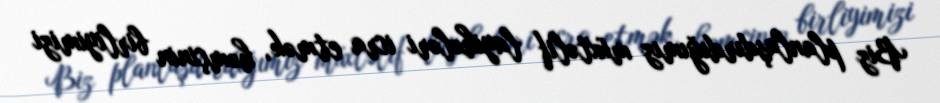
Biz planlaşdırdığımız müxtəlif layihələri icra etmək, həmçinin birliyimizi